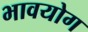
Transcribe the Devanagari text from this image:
भावयोग